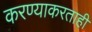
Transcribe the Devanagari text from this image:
करण्याकरताही